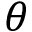
\theta